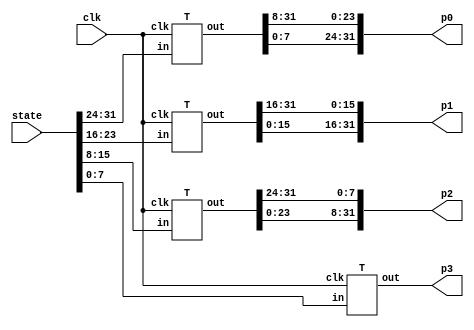
/*
 * Copyright 2012, Homer Hsing <homer.hsing@gmail.com>
 *
 * Licensed under the Apache License, Version 2.0 (the "License");
 * you may not use this file except in compliance with the License.
 * You may obtain a copy of the License at
 *
 * http://www.apache.org/licenses/LICENSE-2.0
 *
 * Unless required by applicable law or agreed to in writing, software
 * distributed under the License is distributed on an "AS IS" BASIS,
 * WITHOUT WARRANTIES OR CONDITIONS OF ANY KIND, either express or implied.
 * See the License for the specific language governing permissions and
 * limitations under the License.
 */

/* verilator lint_off UNOPTFLAT */

module table_lookup (clk, state, p0, p1, p2, p3);
input clk;
input [31:0] state;
output [31:0] p0, p1, p2, p3;
wire [7:0] b0, b1, b2, b3;

assign {b0, b1, b2, b3} = state;
T
    t0 (clk, b0, {p0[23:0], p0[31:24]}),
    t1 (clk, b1, {p1[15:0], p1[31:16]}),
    t2 (clk, b2, {p2[7:0],  p2[31:8]} ),
    t3 (clk, b3, p3);
endmodule

    /* substitue four bytes in a word */
    module S4 (clk, in, out);
input clk;
input [31:0] in;
output [31:0] out;

S
    S_0 (clk, in[31:24], out[31:24]),
    S_1 (clk, in[23:16], out[23:16]),
    S_2 (clk, in[15:8],  out[15:8] ),
    S_3 (clk, in[7:0],   out[7:0]  );
endmodule

    /* S_box, S_box, S_box*(x+1), S_box*x */
    module T (clk, in, out);
input         clk;
input  [7:0]  in;
output [31:0] out;

S
    s0 (clk, in, out[31:24]);
assign out[23:16] = out[31:24];
xS
    s4 (clk, in, out[7:0]);
assign out[15:8] = out[23:16] ^ out[7:0];
endmodule

    /* S box */
    module S (clk, in, out);
input clk;
input [7:0] in;
output reg [7:0] out;

always @ (posedge clk)
    case (in)
        8'h00:
            out <= 8'h63;
        8'h01:
            out <= 8'h7c;
        8'h02:
            out <= 8'h77;
        8'h03:
            out <= 8'h7b;
        8'h04:
            out <= 8'hf2;
        8'h05:
            out <= 8'h6b;
        8'h06:
            out <= 8'h6f;
        8'h07:
            out <= 8'hc5;
        8'h08:
            out <= 8'h30;
        8'h09:
            out <= 8'h01;
        8'h0a:
            out <= 8'h67;
        8'h0b:
            out <= 8'h2b;
        8'h0c:
            out <= 8'hfe;
        8'h0d:
            out <= 8'hd7;
        8'h0e:
            out <= 8'hab;
        8'h0f:
            out <= 8'h76;
        8'h10:
            out <= 8'hca;
        8'h11:
            out <= 8'h82;
        8'h12:
            out <= 8'hc9;
        8'h13:
            out <= 8'h7d;
        8'h14:
            out <= 8'hfa;
        8'h15:
            out <= 8'h59;
        8'h16:
            out <= 8'h47;
        8'h17:
            out <= 8'hf0;
        8'h18:
            out <= 8'had;
        8'h19:
            out <= 8'hd4;
        8'h1a:
            out <= 8'ha2;
        8'h1b:
            out <= 8'haf;
        8'h1c:
            out <= 8'h9c;
        8'h1d:
            out <= 8'ha4;
        8'h1e:
            out <= 8'h72;
        8'h1f:
            out <= 8'hc0;
        8'h20:
            out <= 8'hb7;
        8'h21:
            out <= 8'hfd;
        8'h22:
            out <= 8'h93;
        8'h23:
            out <= 8'h26;
        8'h24:
            out <= 8'h36;
        8'h25:
            out <= 8'h3f;
        8'h26:
            out <= 8'hf7;
        8'h27:
            out <= 8'hcc;
        8'h28:
            out <= 8'h34;
        8'h29:
            out <= 8'ha5;
        8'h2a:
            out <= 8'he5;
        8'h2b:
            out <= 8'hf1;
        8'h2c:
            out <= 8'h71;
        8'h2d:
            out <= 8'hd8;
        8'h2e:
            out <= 8'h31;
        8'h2f:
            out <= 8'h15;
        8'h30:
            out <= 8'h04;
        8'h31:
            out <= 8'hc7;
        8'h32:
            out <= 8'h23;
        8'h33:
            out <= 8'hc3;
        8'h34:
            out <= 8'h18;
        8'h35:
            out <= 8'h96;
        8'h36:
            out <= 8'h05;
        8'h37:
            out <= 8'h9a;
        8'h38:
            out <= 8'h07;
        8'h39:
            out <= 8'h12;
        8'h3a:
            out <= 8'h80;
        8'h3b:
            out <= 8'he2;
        8'h3c:
            out <= 8'heb;
        8'h3d:
            out <= 8'h27;
        8'h3e:
            out <= 8'hb2;
        8'h3f:
            out <= 8'h75;
        8'h40:
            out <= 8'h09;
        8'h41:
            out <= 8'h83;
        8'h42:
            out <= 8'h2c;
        8'h43:
            out <= 8'h1a;
        8'h44:
            out <= 8'h1b;
        8'h45:
            out <= 8'h6e;
        8'h46:
            out <= 8'h5a;
        8'h47:
            out <= 8'ha0;
        8'h48:
            out <= 8'h52;
        8'h49:
            out <= 8'h3b;
        8'h4a:
            out <= 8'hd6;
        8'h4b:
            out <= 8'hb3;
        8'h4c:
            out <= 8'h29;
        8'h4d:
            out <= 8'he3;
        8'h4e:
            out <= 8'h2f;
        8'h4f:
            out <= 8'h84;
        8'h50:
            out <= 8'h53;
        8'h51:
            out <= 8'hd1;
        8'h52:
            out <= 8'h00;
        8'h53:
            out <= 8'hed;
        8'h54:
            out <= 8'h20;
        8'h55:
            out <= 8'hfc;
        8'h56:
            out <= 8'hb1;
        8'h57:
            out <= 8'h5b;
        8'h58:
            out <= 8'h6a;
        8'h59:
            out <= 8'hcb;
        8'h5a:
            out <= 8'hbe;
        8'h5b:
            out <= 8'h39;
        8'h5c:
            out <= 8'h4a;
        8'h5d:
            out <= 8'h4c;
        8'h5e:
            out <= 8'h58;
        8'h5f:
            out <= 8'hcf;
        8'h60:
            out <= 8'hd0;
        8'h61:
            out <= 8'hef;
        8'h62:
            out <= 8'haa;
        8'h63:
            out <= 8'hfb;
        8'h64:
            out <= 8'h43;
        8'h65:
            out <= 8'h4d;
        8'h66:
            out <= 8'h33;
        8'h67:
            out <= 8'h85;
        8'h68:
            out <= 8'h45;
        8'h69:
            out <= 8'hf9;
        8'h6a:
            out <= 8'h02;
        8'h6b:
            out <= 8'h7f;
        8'h6c:
            out <= 8'h50;
        8'h6d:
            out <= 8'h3c;
        8'h6e:
            out <= 8'h9f;
        8'h6f:
            out <= 8'ha8;
        8'h70:
            out <= 8'h51;
        8'h71:
            out <= 8'ha3;
        8'h72:
            out <= 8'h40;
        8'h73:
            out <= 8'h8f;
        8'h74:
            out <= 8'h92;
        8'h75:
            out <= 8'h9d;
        8'h76:
            out <= 8'h38;
        8'h77:
            out <= 8'hf5;
        8'h78:
            out <= 8'hbc;
        8'h79:
            out <= 8'hb6;
        8'h7a:
            out <= 8'hda;
        8'h7b:
            out <= 8'h21;
        8'h7c:
            out <= 8'h10;
        8'h7d:
            out <= 8'hff;
        8'h7e:
            out <= 8'hf3;
        8'h7f:
            out <= 8'hd2;
        8'h80:
            out <= 8'hcd;
        8'h81:
            out <= 8'h0c;
        8'h82:
            out <= 8'h13;
        8'h83:
            out <= 8'hec;
        8'h84:
            out <= 8'h5f;
        8'h85:
            out <= 8'h97;
        8'h86:
            out <= 8'h44;
        8'h87:
            out <= 8'h17;
        8'h88:
            out <= 8'hc4;
        8'h89:
            out <= 8'ha7;
        8'h8a:
            out <= 8'h7e;
        8'h8b:
            out <= 8'h3d;
        8'h8c:
            out <= 8'h64;
        8'h8d:
            out <= 8'h5d;
        8'h8e:
            out <= 8'h19;
        8'h8f:
            out <= 8'h73;
        8'h90:
            out <= 8'h60;
        8'h91:
            out <= 8'h81;
        8'h92:
            out <= 8'h4f;
        8'h93:
            out <= 8'hdc;
        8'h94:
            out <= 8'h22;
        8'h95:
            out <= 8'h2a;
        8'h96:
            out <= 8'h90;
        8'h97:
            out <= 8'h88;
        8'h98:
            out <= 8'h46;
        8'h99:
            out <= 8'hee;
        8'h9a:
            out <= 8'hb8;
        8'h9b:
            out <= 8'h14;
        8'h9c:
            out <= 8'hde;
        8'h9d:
            out <= 8'h5e;
        8'h9e:
            out <= 8'h0b;
        8'h9f:
            out <= 8'hdb;
        8'ha0:
            out <= 8'he0;
        8'ha1:
            out <= 8'h32;
        8'ha2:
            out <= 8'h3a;
        8'ha3:
            out <= 8'h0a;
        8'ha4:
            out <= 8'h49;
        8'ha5:
            out <= 8'h06;
        8'ha6:
            out <= 8'h24;
        8'ha7:
            out <= 8'h5c;
        8'ha8:
            out <= 8'hc2;
        8'ha9:
            out <= 8'hd3;
        8'haa:
            out <= 8'hac;
        8'hab:
            out <= 8'h62;
        8'hac:
            out <= 8'h91;
        8'had:
            out <= 8'h95;
        8'hae:
            out <= 8'he4;
        8'haf:
            out <= 8'h79;
        8'hb0:
            out <= 8'he7;
        8'hb1:
            out <= 8'hc8;
        8'hb2:
            out <= 8'h37;
        8'hb3:
            out <= 8'h6d;
        8'hb4:
            out <= 8'h8d;
        8'hb5:
            out <= 8'hd5;
        8'hb6:
            out <= 8'h4e;
        8'hb7:
            out <= 8'ha9;
        8'hb8:
            out <= 8'h6c;
        8'hb9:
            out <= 8'h56;
        8'hba:
            out <= 8'hf4;
        8'hbb:
            out <= 8'hea;
        8'hbc:
            out <= 8'h65;
        8'hbd:
            out <= 8'h7a;
        8'hbe:
            out <= 8'hae;
        8'hbf:
            out <= 8'h08;
        8'hc0:
            out <= 8'hba;
        8'hc1:
            out <= 8'h78;
        8'hc2:
            out <= 8'h25;
        8'hc3:
            out <= 8'h2e;
        8'hc4:
            out <= 8'h1c;
        8'hc5:
            out <= 8'ha6;
        8'hc6:
            out <= 8'hb4;
        8'hc7:
            out <= 8'hc6;
        8'hc8:
            out <= 8'he8;
        8'hc9:
            out <= 8'hdd;
        8'hca:
            out <= 8'h74;
        8'hcb:
            out <= 8'h1f;
        8'hcc:
            out <= 8'h4b;
        8'hcd:
            out <= 8'hbd;
        8'hce:
            out <= 8'h8b;
        8'hcf:
            out <= 8'h8a;
        8'hd0:
            out <= 8'h70;
        8'hd1:
            out <= 8'h3e;
        8'hd2:
            out <= 8'hb5;
        8'hd3:
            out <= 8'h66;
        8'hd4:
            out <= 8'h48;
        8'hd5:
            out <= 8'h03;
        8'hd6:
            out <= 8'hf6;
        8'hd7:
            out <= 8'h0e;
        8'hd8:
            out <= 8'h61;
        8'hd9:
            out <= 8'h35;
        8'hda:
            out <= 8'h57;
        8'hdb:
            out <= 8'hb9;
        8'hdc:
            out <= 8'h86;
        8'hdd:
            out <= 8'hc1;
        8'hde:
            out <= 8'h1d;
        8'hdf:
            out <= 8'h9e;
        8'he0:
            out <= 8'he1;
        8'he1:
            out <= 8'hf8;
        8'he2:
            out <= 8'h98;
        8'he3:
            out <= 8'h11;
        8'he4:
            out <= 8'h69;
        8'he5:
            out <= 8'hd9;
        8'he6:
            out <= 8'h8e;
        8'he7:
            out <= 8'h94;
        8'he8:
            out <= 8'h9b;
        8'he9:
            out <= 8'h1e;
        8'hea:
            out <= 8'h87;
        8'heb:
            out <= 8'he9;
        8'hec:
            out <= 8'hce;
        8'hed:
            out <= 8'h55;
        8'hee:
            out <= 8'h28;
        8'hef:
            out <= 8'hdf;
        8'hf0:
            out <= 8'h8c;
        8'hf1:
            out <= 8'ha1;
        8'hf2:
            out <= 8'h89;
        8'hf3:
            out <= 8'h0d;
        8'hf4:
            out <= 8'hbf;
        8'hf5:
            out <= 8'he6;
        8'hf6:
            out <= 8'h42;
        8'hf7:
            out <= 8'h68;
        8'hf8:
            out <= 8'h41;
        8'hf9:
            out <= 8'h99;
        8'hfa:
            out <= 8'h2d;
        8'hfb:
            out <= 8'h0f;
        8'hfc:
            out <= 8'hb0;
        8'hfd:
            out <= 8'h54;
        8'hfe:
            out <= 8'hbb;
        8'hff:
            out <= 8'h16;
    endcase
endmodule

    /* S box * x */
    module xS (clk, in, out);
input clk;
input [7:0] in;
output reg [7:0] out;

always @ (posedge clk)
    case (in)
        8'h00:
            out <= 8'hc6;
        8'h01:
            out <= 8'hf8;
        8'h02:
            out <= 8'hee;
        8'h03:
            out <= 8'hf6;
        8'h04:
            out <= 8'hff;
        8'h05:
            out <= 8'hd6;
        8'h06:
            out <= 8'hde;
        8'h07:
            out <= 8'h91;
        8'h08:
            out <= 8'h60;
        8'h09:
            out <= 8'h02;
        8'h0a:
            out <= 8'hce;
        8'h0b:
            out <= 8'h56;
        8'h0c:
            out <= 8'he7;
        8'h0d:
            out <= 8'hb5;
        8'h0e:
            out <= 8'h4d;
        8'h0f:
            out <= 8'hec;
        8'h10:
            out <= 8'h8f;
        8'h11:
            out <= 8'h1f;
        8'h12:
            out <= 8'h89;
        8'h13:
            out <= 8'hfa;
        8'h14:
            out <= 8'hef;
        8'h15:
            out <= 8'hb2;
        8'h16:
            out <= 8'h8e;
        8'h17:
            out <= 8'hfb;
        8'h18:
            out <= 8'h41;
        8'h19:
            out <= 8'hb3;
        8'h1a:
            out <= 8'h5f;
        8'h1b:
            out <= 8'h45;
        8'h1c:
            out <= 8'h23;
        8'h1d:
            out <= 8'h53;
        8'h1e:
            out <= 8'he4;
        8'h1f:
            out <= 8'h9b;
        8'h20:
            out <= 8'h75;
        8'h21:
            out <= 8'he1;
        8'h22:
            out <= 8'h3d;
        8'h23:
            out <= 8'h4c;
        8'h24:
            out <= 8'h6c;
        8'h25:
            out <= 8'h7e;
        8'h26:
            out <= 8'hf5;
        8'h27:
            out <= 8'h83;
        8'h28:
            out <= 8'h68;
        8'h29:
            out <= 8'h51;
        8'h2a:
            out <= 8'hd1;
        8'h2b:
            out <= 8'hf9;
        8'h2c:
            out <= 8'he2;
        8'h2d:
            out <= 8'hab;
        8'h2e:
            out <= 8'h62;
        8'h2f:
            out <= 8'h2a;
        8'h30:
            out <= 8'h08;
        8'h31:
            out <= 8'h95;
        8'h32:
            out <= 8'h46;
        8'h33:
            out <= 8'h9d;
        8'h34:
            out <= 8'h30;
        8'h35:
            out <= 8'h37;
        8'h36:
            out <= 8'h0a;
        8'h37:
            out <= 8'h2f;
        8'h38:
            out <= 8'h0e;
        8'h39:
            out <= 8'h24;
        8'h3a:
            out <= 8'h1b;
        8'h3b:
            out <= 8'hdf;
        8'h3c:
            out <= 8'hcd;
        8'h3d:
            out <= 8'h4e;
        8'h3e:
            out <= 8'h7f;
        8'h3f:
            out <= 8'hea;
        8'h40:
            out <= 8'h12;
        8'h41:
            out <= 8'h1d;
        8'h42:
            out <= 8'h58;
        8'h43:
            out <= 8'h34;
        8'h44:
            out <= 8'h36;
        8'h45:
            out <= 8'hdc;
        8'h46:
            out <= 8'hb4;
        8'h47:
            out <= 8'h5b;
        8'h48:
            out <= 8'ha4;
        8'h49:
            out <= 8'h76;
        8'h4a:
            out <= 8'hb7;
        8'h4b:
            out <= 8'h7d;
        8'h4c:
            out <= 8'h52;
        8'h4d:
            out <= 8'hdd;
        8'h4e:
            out <= 8'h5e;
        8'h4f:
            out <= 8'h13;
        8'h50:
            out <= 8'ha6;
        8'h51:
            out <= 8'hb9;
        8'h52:
            out <= 8'h00;
        8'h53:
            out <= 8'hc1;
        8'h54:
            out <= 8'h40;
        8'h55:
            out <= 8'he3;
        8'h56:
            out <= 8'h79;
        8'h57:
            out <= 8'hb6;
        8'h58:
            out <= 8'hd4;
        8'h59:
            out <= 8'h8d;
        8'h5a:
            out <= 8'h67;
        8'h5b:
            out <= 8'h72;
        8'h5c:
            out <= 8'h94;
        8'h5d:
            out <= 8'h98;
        8'h5e:
            out <= 8'hb0;
        8'h5f:
            out <= 8'h85;
        8'h60:
            out <= 8'hbb;
        8'h61:
            out <= 8'hc5;
        8'h62:
            out <= 8'h4f;
        8'h63:
            out <= 8'hed;
        8'h64:
            out <= 8'h86;
        8'h65:
            out <= 8'h9a;
        8'h66:
            out <= 8'h66;
        8'h67:
            out <= 8'h11;
        8'h68:
            out <= 8'h8a;
        8'h69:
            out <= 8'he9;
        8'h6a:
            out <= 8'h04;
        8'h6b:
            out <= 8'hfe;
        8'h6c:
            out <= 8'ha0;
        8'h6d:
            out <= 8'h78;
        8'h6e:
            out <= 8'h25;
        8'h6f:
            out <= 8'h4b;
        8'h70:
            out <= 8'ha2;
        8'h71:
            out <= 8'h5d;
        8'h72:
            out <= 8'h80;
        8'h73:
            out <= 8'h05;
        8'h74:
            out <= 8'h3f;
        8'h75:
            out <= 8'h21;
        8'h76:
            out <= 8'h70;
        8'h77:
            out <= 8'hf1;
        8'h78:
            out <= 8'h63;
        8'h79:
            out <= 8'h77;
        8'h7a:
            out <= 8'haf;
        8'h7b:
            out <= 8'h42;
        8'h7c:
            out <= 8'h20;
        8'h7d:
            out <= 8'he5;
        8'h7e:
            out <= 8'hfd;
        8'h7f:
            out <= 8'hbf;
        8'h80:
            out <= 8'h81;
        8'h81:
            out <= 8'h18;
        8'h82:
            out <= 8'h26;
        8'h83:
            out <= 8'hc3;
        8'h84:
            out <= 8'hbe;
        8'h85:
            out <= 8'h35;
        8'h86:
            out <= 8'h88;
        8'h87:
            out <= 8'h2e;
        8'h88:
            out <= 8'h93;
        8'h89:
            out <= 8'h55;
        8'h8a:
            out <= 8'hfc;
        8'h8b:
            out <= 8'h7a;
        8'h8c:
            out <= 8'hc8;
        8'h8d:
            out <= 8'hba;
        8'h8e:
            out <= 8'h32;
        8'h8f:
            out <= 8'he6;
        8'h90:
            out <= 8'hc0;
        8'h91:
            out <= 8'h19;
        8'h92:
            out <= 8'h9e;
        8'h93:
            out <= 8'ha3;
        8'h94:
            out <= 8'h44;
        8'h95:
            out <= 8'h54;
        8'h96:
            out <= 8'h3b;
        8'h97:
            out <= 8'h0b;
        8'h98:
            out <= 8'h8c;
        8'h99:
            out <= 8'hc7;
        8'h9a:
            out <= 8'h6b;
        8'h9b:
            out <= 8'h28;
        8'h9c:
            out <= 8'ha7;
        8'h9d:
            out <= 8'hbc;
        8'h9e:
            out <= 8'h16;
        8'h9f:
            out <= 8'had;
        8'ha0:
            out <= 8'hdb;
        8'ha1:
            out <= 8'h64;
        8'ha2:
            out <= 8'h74;
        8'ha3:
            out <= 8'h14;
        8'ha4:
            out <= 8'h92;
        8'ha5:
            out <= 8'h0c;
        8'ha6:
            out <= 8'h48;
        8'ha7:
            out <= 8'hb8;
        8'ha8:
            out <= 8'h9f;
        8'ha9:
            out <= 8'hbd;
        8'haa:
            out <= 8'h43;
        8'hab:
            out <= 8'hc4;
        8'hac:
            out <= 8'h39;
        8'had:
            out <= 8'h31;
        8'hae:
            out <= 8'hd3;
        8'haf:
            out <= 8'hf2;
        8'hb0:
            out <= 8'hd5;
        8'hb1:
            out <= 8'h8b;
        8'hb2:
            out <= 8'h6e;
        8'hb3:
            out <= 8'hda;
        8'hb4:
            out <= 8'h01;
        8'hb5:
            out <= 8'hb1;
        8'hb6:
            out <= 8'h9c;
        8'hb7:
            out <= 8'h49;
        8'hb8:
            out <= 8'hd8;
        8'hb9:
            out <= 8'hac;
        8'hba:
            out <= 8'hf3;
        8'hbb:
            out <= 8'hcf;
        8'hbc:
            out <= 8'hca;
        8'hbd:
            out <= 8'hf4;
        8'hbe:
            out <= 8'h47;
        8'hbf:
            out <= 8'h10;
        8'hc0:
            out <= 8'h6f;
        8'hc1:
            out <= 8'hf0;
        8'hc2:
            out <= 8'h4a;
        8'hc3:
            out <= 8'h5c;
        8'hc4:
            out <= 8'h38;
        8'hc5:
            out <= 8'h57;
        8'hc6:
            out <= 8'h73;
        8'hc7:
            out <= 8'h97;
        8'hc8:
            out <= 8'hcb;
        8'hc9:
            out <= 8'ha1;
        8'hca:
            out <= 8'he8;
        8'hcb:
            out <= 8'h3e;
        8'hcc:
            out <= 8'h96;
        8'hcd:
            out <= 8'h61;
        8'hce:
            out <= 8'h0d;
        8'hcf:
            out <= 8'h0f;
        8'hd0:
            out <= 8'he0;
        8'hd1:
            out <= 8'h7c;
        8'hd2:
            out <= 8'h71;
        8'hd3:
            out <= 8'hcc;
        8'hd4:
            out <= 8'h90;
        8'hd5:
            out <= 8'h06;
        8'hd6:
            out <= 8'hf7;
        8'hd7:
            out <= 8'h1c;
        8'hd8:
            out <= 8'hc2;
        8'hd9:
            out <= 8'h6a;
        8'hda:
            out <= 8'hae;
        8'hdb:
            out <= 8'h69;
        8'hdc:
            out <= 8'h17;
        8'hdd:
            out <= 8'h99;
        8'hde:
            out <= 8'h3a;
        8'hdf:
            out <= 8'h27;
        8'he0:
            out <= 8'hd9;
        8'he1:
            out <= 8'heb;
        8'he2:
            out <= 8'h2b;
        8'he3:
            out <= 8'h22;
        8'he4:
            out <= 8'hd2;
        8'he5:
            out <= 8'ha9;
        8'he6:
            out <= 8'h07;
        8'he7:
            out <= 8'h33;
        8'he8:
            out <= 8'h2d;
        8'he9:
            out <= 8'h3c;
        8'hea:
            out <= 8'h15;
        8'heb:
            out <= 8'hc9;
        8'hec:
            out <= 8'h87;
        8'hed:
            out <= 8'haa;
        8'hee:
            out <= 8'h50;
        8'hef:
            out <= 8'ha5;
        8'hf0:
            out <= 8'h03;
        8'hf1:
            out <= 8'h59;
        8'hf2:
            out <= 8'h09;
        8'hf3:
            out <= 8'h1a;
        8'hf4:
            out <= 8'h65;
        8'hf5:
            out <= 8'hd7;
        8'hf6:
            out <= 8'h84;
        8'hf7:
            out <= 8'hd0;
        8'hf8:
            out <= 8'h82;
        8'hf9:
            out <= 8'h29;
        8'hfa:
            out <= 8'h5a;
        8'hfb:
            out <= 8'h1e;
        8'hfc:
            out <= 8'h7b;
        8'hfd:
            out <= 8'ha8;
        8'hfe:
            out <= 8'h6d;
        8'hff:
            out <= 8'h2c;
    endcase
endmodule